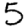
Digit: 5